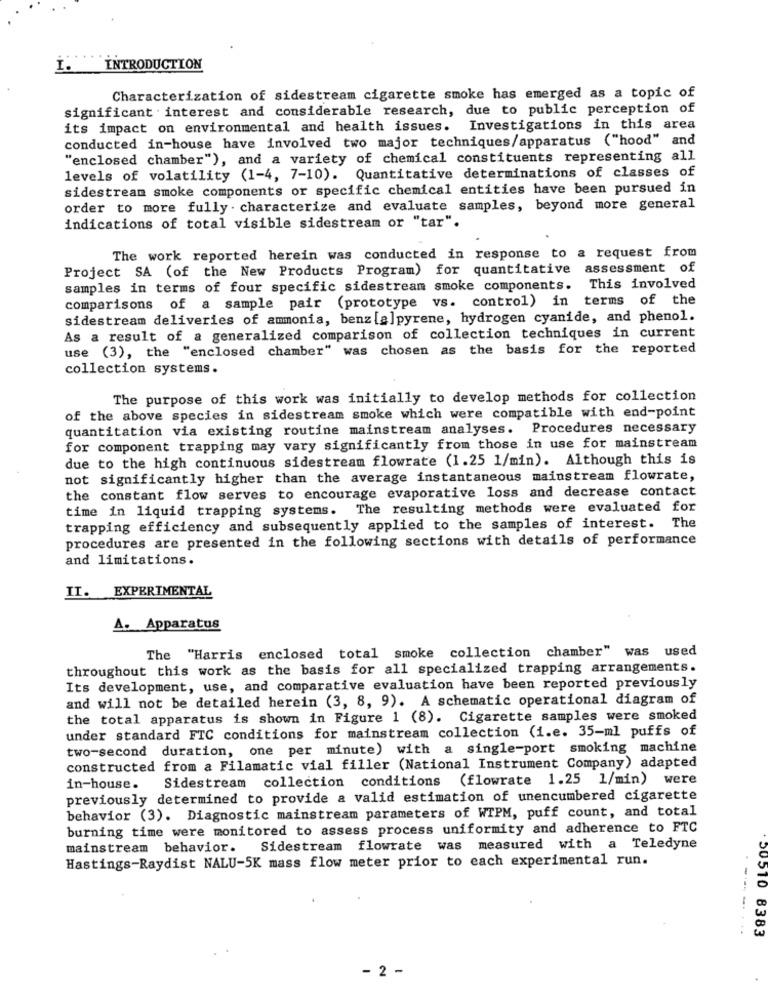
I. INTRODUCTION
Characterization of sidestream cigarette smoke has emerged as a topic of
significant . interest and considerable research, due to public perception of
its impact on environmental and health issues. Investigations in this area
conducted in-house have involved two major techniques/apparatus ( "hood" and
"enclosed chamber"), and a variety of chemical constituents representing all
levels of volatility (1-4, 7-10). Quantitative determinations of classes of
sidestream smoke components or specific chemical entities have been pursued in
order to more fully . characterize and evaluate samples, beyond more general
indications of total visible sidestream or "tar".
The work reported herein was conducted in response to a request from
Project SA (of the New Products Program) for quantitative assessment of
samples in terms of four specific sidestream smoke components. This involved
comparisons of a sample pair (prototype vs. control) in terms of the
sidestream deliveries of ammonia, benz [a]pyrene, hydrogen cyanide, and phenol.
As a result of a generalized comparison of collection techniques in current
use (3), the "enclosed chamber" was chosen as the basis for the reported
collection systems.
The purpose of this work was initially to develop methods for collection
of the above species in sidestream smoke which were compatible with end-point
quantitation via existing routine mainstream analyses.
Procedures necessary
for component trapping may vary significantly from those in use for mainstream
due to the high continuous sidestream flowrate (1.25 1/min). Although this is
not significantly higher than the average instantaneous mainstream flowrate,
the constant flow serves to encourage evaporative loss and decrease contact
time in liquid trapping systems. The resulting methods were evaluated for
trapping efficiency and subsequently applied to the samples of interest. The
procedures are presented in the following sections with details of performance
and limitations.
II. EXPERIMENTAL
A. Apparatus
The "Harris enclosed total smoke collection chamber" was used
throughout this work as the basis for all specialized trapping arrangements.
Its development, use, and comparative evaluation have been reported previously
and will not be detailed herein (3, 8, 9). A schematic operational diagram of
the total apparatus is shown in Figure 1 (8). Cigarette samples were smoked
under standard FTC conditions for mainstream collection (i.e. 35-ml puffs of
two-second duration, one per minute) with a single-port smoking machine
constructed from a Filamatic vial filler (National Instrument Company) adapted
Sidestream collection conditions (flowrate 1.25 1/min) were
in-house.
previously determined to provide a valid estimation of unencumbered cigarette
behavior (3). Diagnostic mainstream parameters of WIPM, puff count, and total
burning time were monitored to assess process uniformity and adherence to FTC
mainstream behavior.
Sidestream flowrate was measured with a Teledyne
Hastings-Raydist NALU-5K mass flow meter prior to each experimental run.
50510 8383
- 2 -